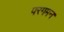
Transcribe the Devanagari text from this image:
परगमन